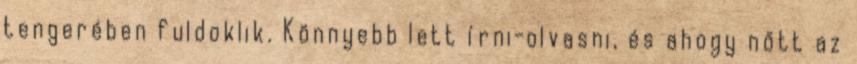
tengerében fuldoklik. Könnyebb lett írni-olvasni, és ahogy nőtt az